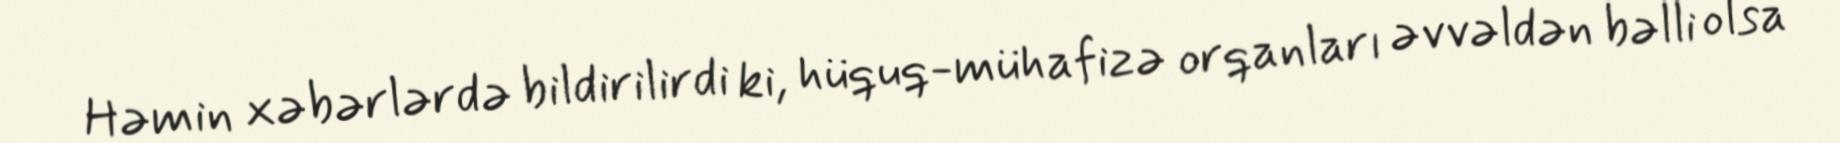
Həmin xəbərlərdə bildirilirdi ki, hüquq-mühafizə orqanları əvvəldən bəlli olsa